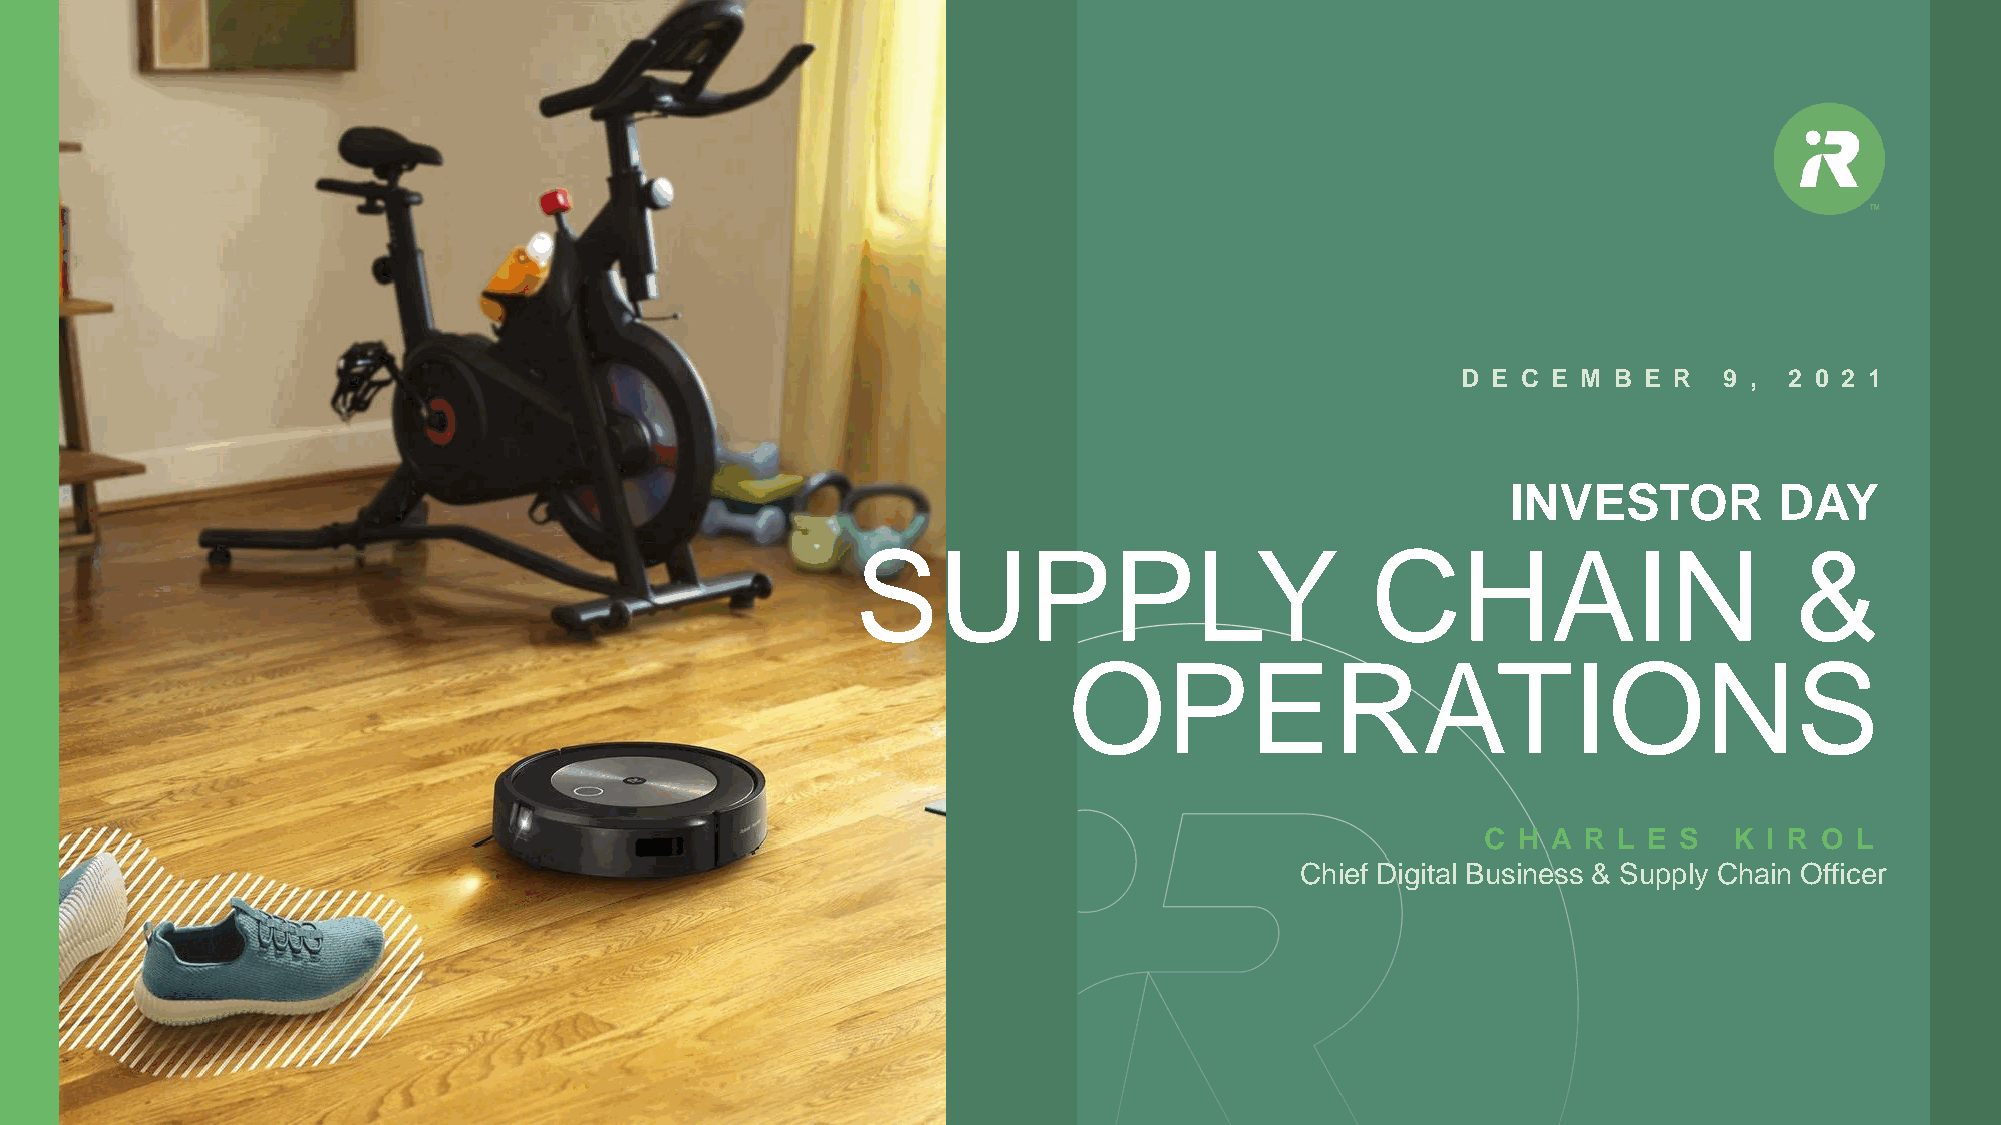
D E C E M B E R  9 , 2 0 2 1
 INVESTOR          DAY
 SUPPLY                            CHAIN                       &
 OPERATIONS
 C H  A R L E S   K I R O L
 Chief Digital Business & Supply Chain Officer